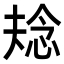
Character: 𭝌